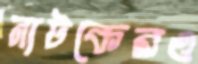
নাটকেরও